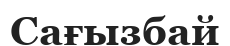
Сағызбай